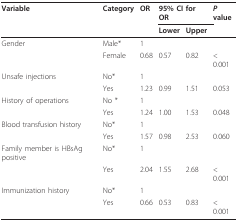
<table><thead><tr><td><b>Variable</b></td><td><b>Category</b></td><td><b>OR</b></td><td colspan="2"><b>95% CI for OR</b></td><td><b><i>P </i>value</b></td></tr><tr><td></td><td></td><td></td><td><b>Lower</b></td><td><b>Upper</b></td><td></td></tr></thead><tbody><tr><td>Gender</td><td>Male*</td><td>1</td><td></td><td></td><td></td></tr><tr><td></td><td>Female</td><td>0.68</td><td>0.57</td><td>0.82</td><td>&lt; 0.001</td></tr><tr><td>Unsafe injections</td><td>No*</td><td>1</td><td></td><td></td><td></td></tr><tr><td></td><td>Yes</td><td>1.23</td><td>0.99</td><td>1.51</td><td>0.053</td></tr><tr><td>History of operations</td><td>No *</td><td>1</td><td></td><td></td><td></td></tr><tr><td></td><td>Yes</td><td>1.24</td><td>1.00</td><td>1.53</td><td>0.048</td></tr><tr><td>Blood transfusion history</td><td>No*</td><td>1</td><td></td><td></td><td></td></tr><tr><td></td><td>Yes</td><td>1.57</td><td>0.98</td><td>2.53</td><td>0.060</td></tr><tr><td>Family member is HBsAg positive</td><td>No*</td><td>1</td><td></td><td></td><td></td></tr><tr><td></td><td>Yes</td><td>2.04</td><td>1.55</td><td>2.68</td><td>&lt; 0.001</td></tr><tr><td>Immunization history</td><td>No*</td><td>1</td><td></td><td></td><td></td></tr><tr><td></td><td>Yes</td><td>0.66</td><td>0.53</td><td>0.83</td><td>&lt; 0.001</td></tr></tbody></table>